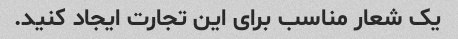
یک شعار مناسب برای این تجارت ایجاد کنید.